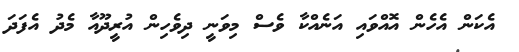
އެކަން އެހެން އޮއްވައި އަނެއްކާ ވެސް މިވަނީ ދިވެހިން އުރީދޫއާ މެދު އެފަދަ